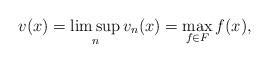
LaTeX: \begin{align*}v(x)=\limsup_n v_n(x)=\max_{f\in F} f(x),\end{align*}